Leningradi_Edasi_toimetus, lk 109
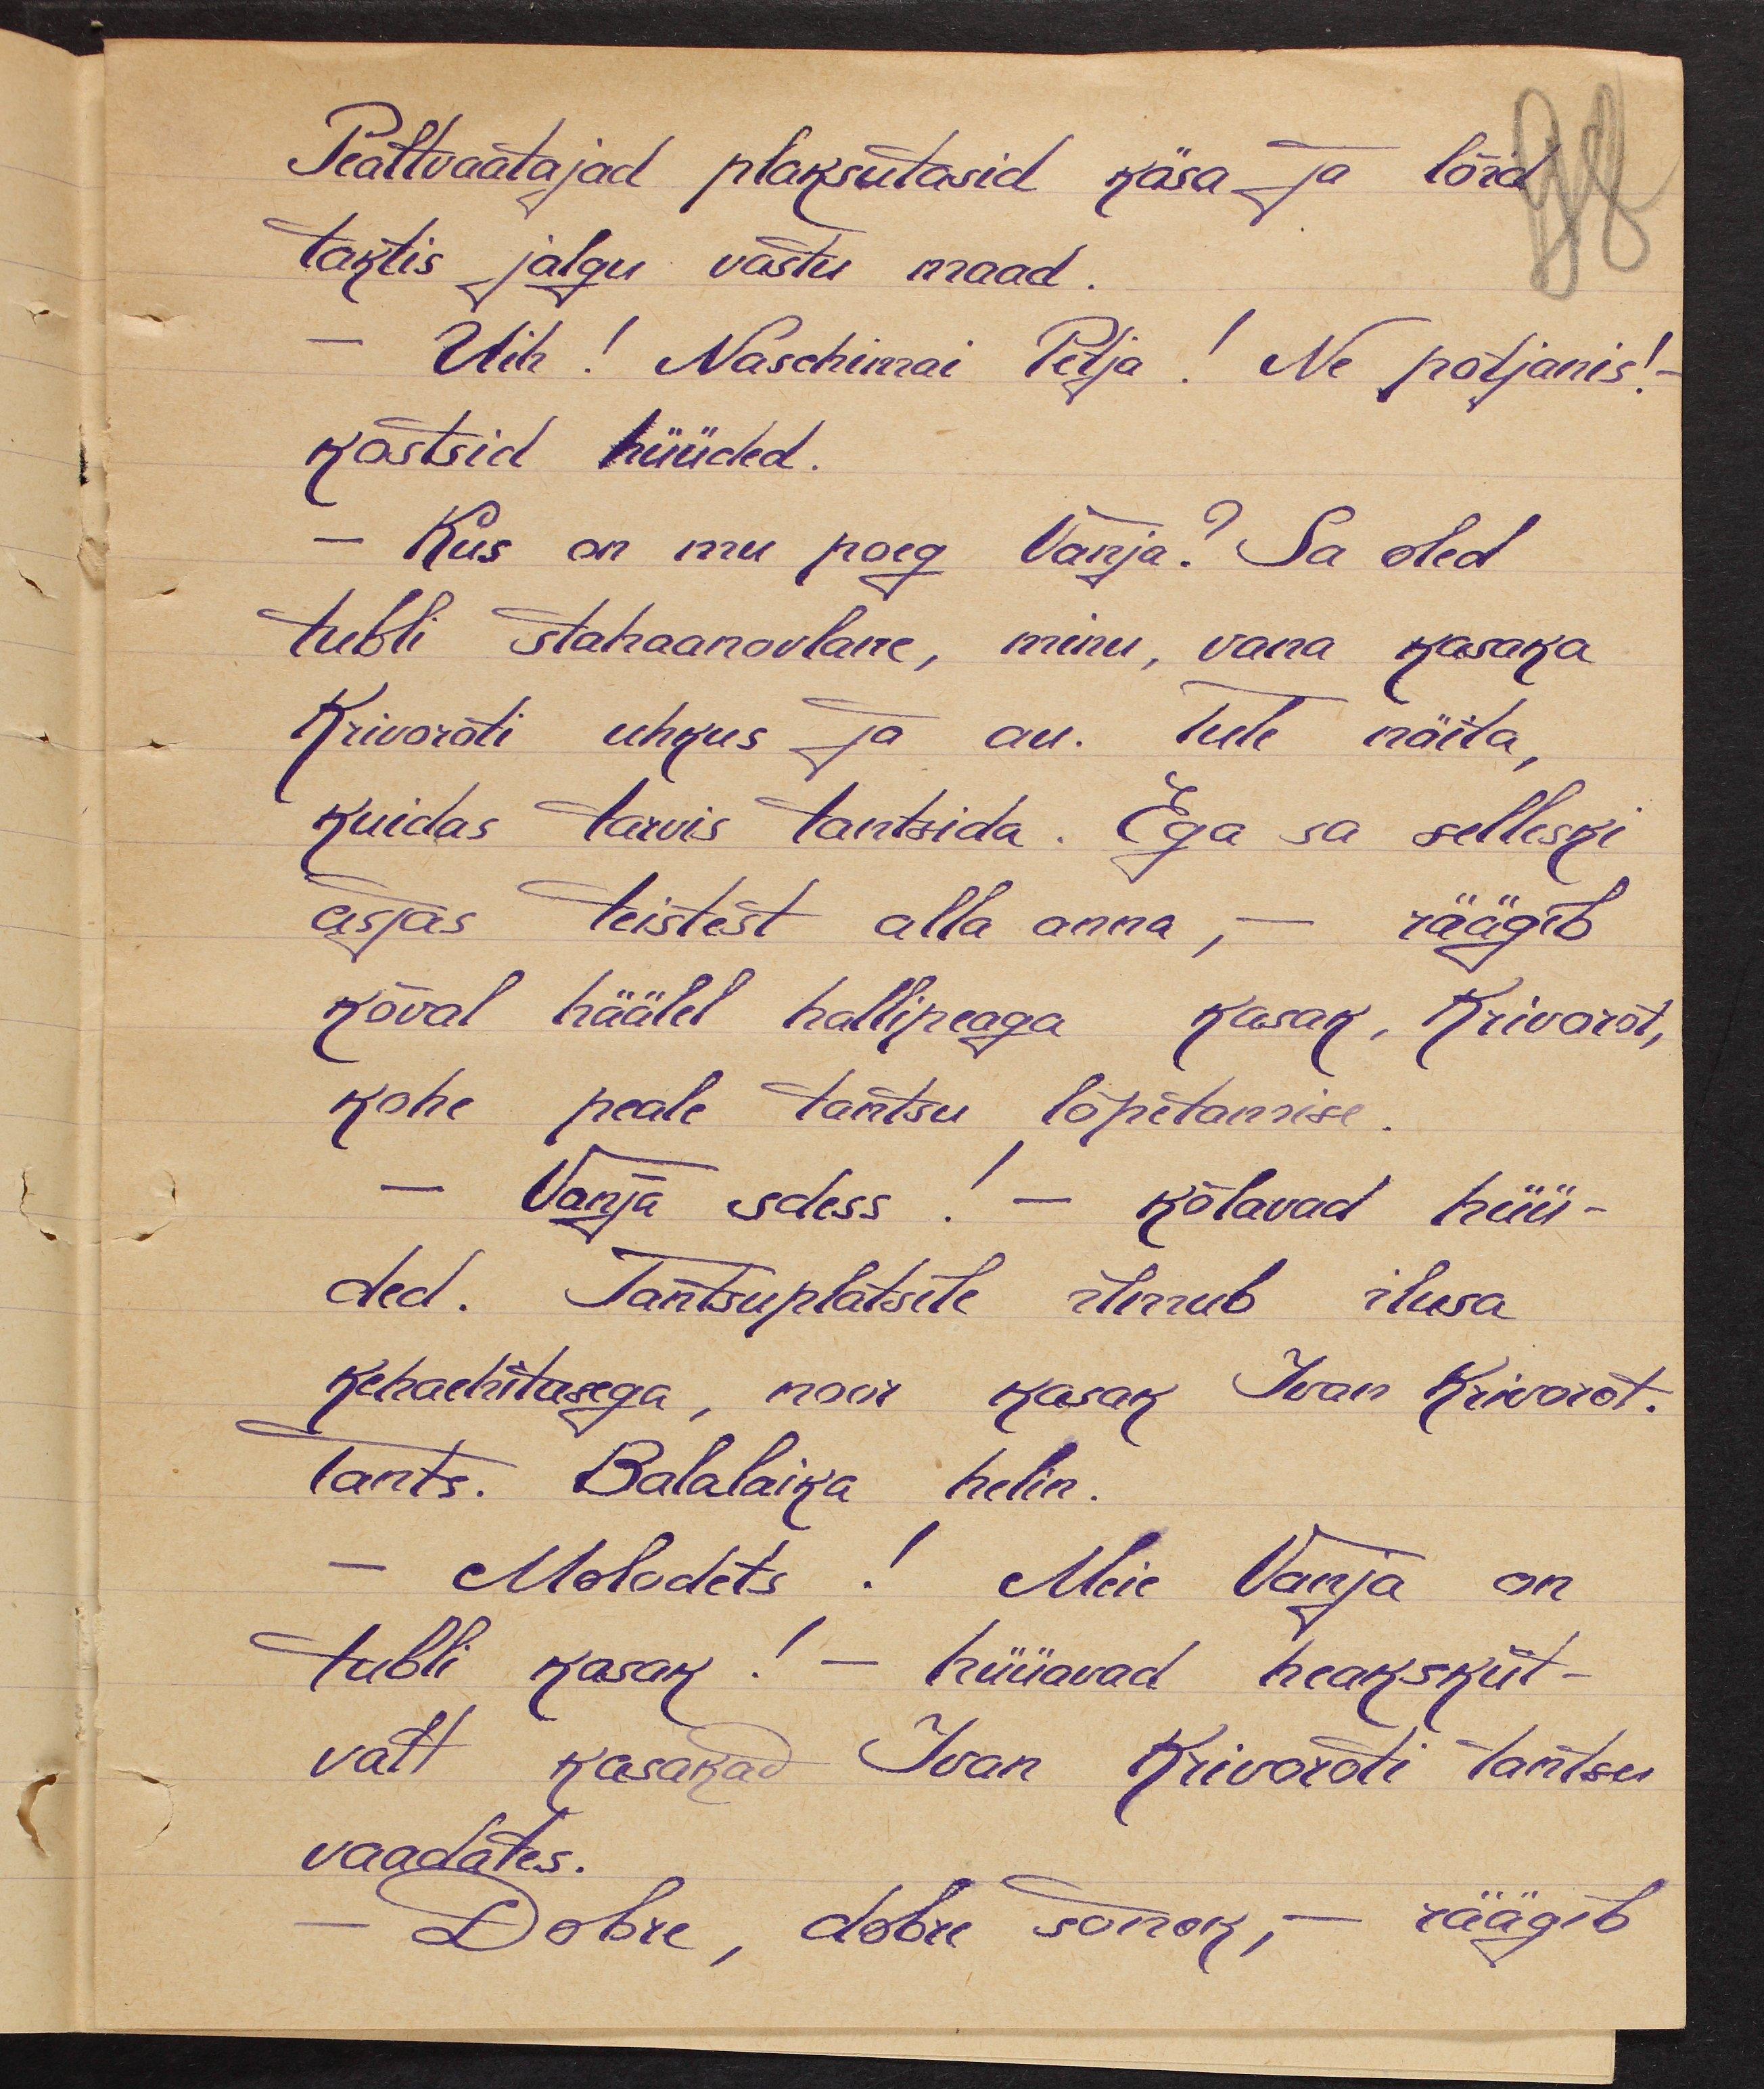
Pealtvaatajad plaksutasid käsa ja lõid
taktis jalgu vastu maad.
- Uih! Naschinnai Petja! Ne põtjanis!-
kastsid hüüded.
- Kus on mu poeg Vanja? Sa oled
tubli stahaanovlane, minu, vana kasaka
Krivoroti uhkus ja au. Tule näita,
kuidas tarvis tantsida. Ega sa selleski
asjas teistest alla anna, - räägib
kõval häälel hallipeaga kasak, Krivorot,
kohe peale tantsu lõpetamise.
- Vanja sdess! - kõlavad hüü-
ded. Tantsuplatsile ilmub ilusa
kehaehitusega, noor kasak Ivan Krivorot.
Tants. Balalaika helin.
Molodets! Meie Vanja on
tubli kasak! - hüüavad heakskiit-
valt kasakad Ivan Krivoroti tantsu
vaadates.
Dobre, dobre sõnok, - räägib